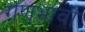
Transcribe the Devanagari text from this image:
गणभावों